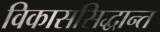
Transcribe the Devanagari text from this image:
विकाससिद्धान्त